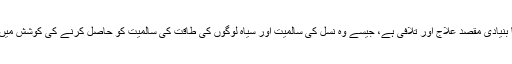
ان کا بنیادی مقصد علاج اور تلافی ہے، جیسے وہ نسل کی سالمیت اور سیاہ لوگوں کی طاقت کی سالمیت کو حاصل کرنے کی کوشش میں ہیں۔